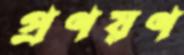
প্রণয়ণ